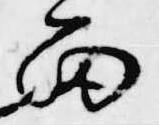
雨